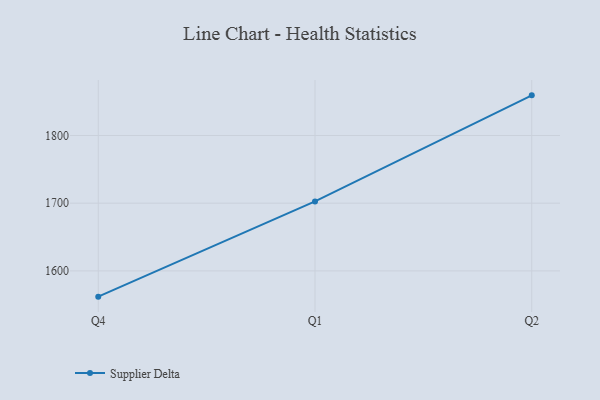
{"axis": {"x": "Quarter", "y": "Production Output"}, "legend": ["Supplier Delta"], "data": [{"x": "Q4", "y": 1561.9, "type": "Supplier Delta"}, {"x": "Q1", "y": 1702.6, "type": "Supplier Delta"}, {"x": "Q2", "y": 1859.3, "type": "Supplier Delta"}]}